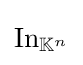
\textstyle \operatorname {In} _{\mathbb {K} ^{n}}